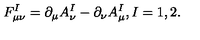
F _ { \mu \nu } ^ { I } = \partial _ { \mu } A _ { \nu } ^ { I } - \partial _ { \nu } A _ { \mu } ^ { I } , I = 1 , 2 .